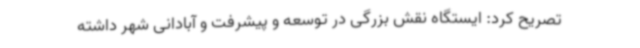
تصریح کرد: ایستگاه نقش بزرگی در توسعه و پیشرفت و آبادانی شهر داشته